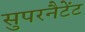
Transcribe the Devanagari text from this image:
सुपरनैटेंट